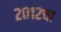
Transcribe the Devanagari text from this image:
२०१२चा